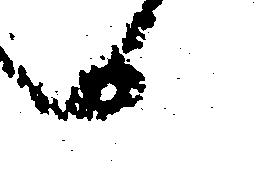
へ